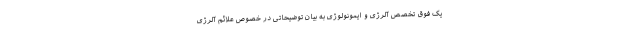
یک فوق تخصص آلرژی و ایمونولوژی به بیان توضیحاتی در خصوص علائم آلرژی